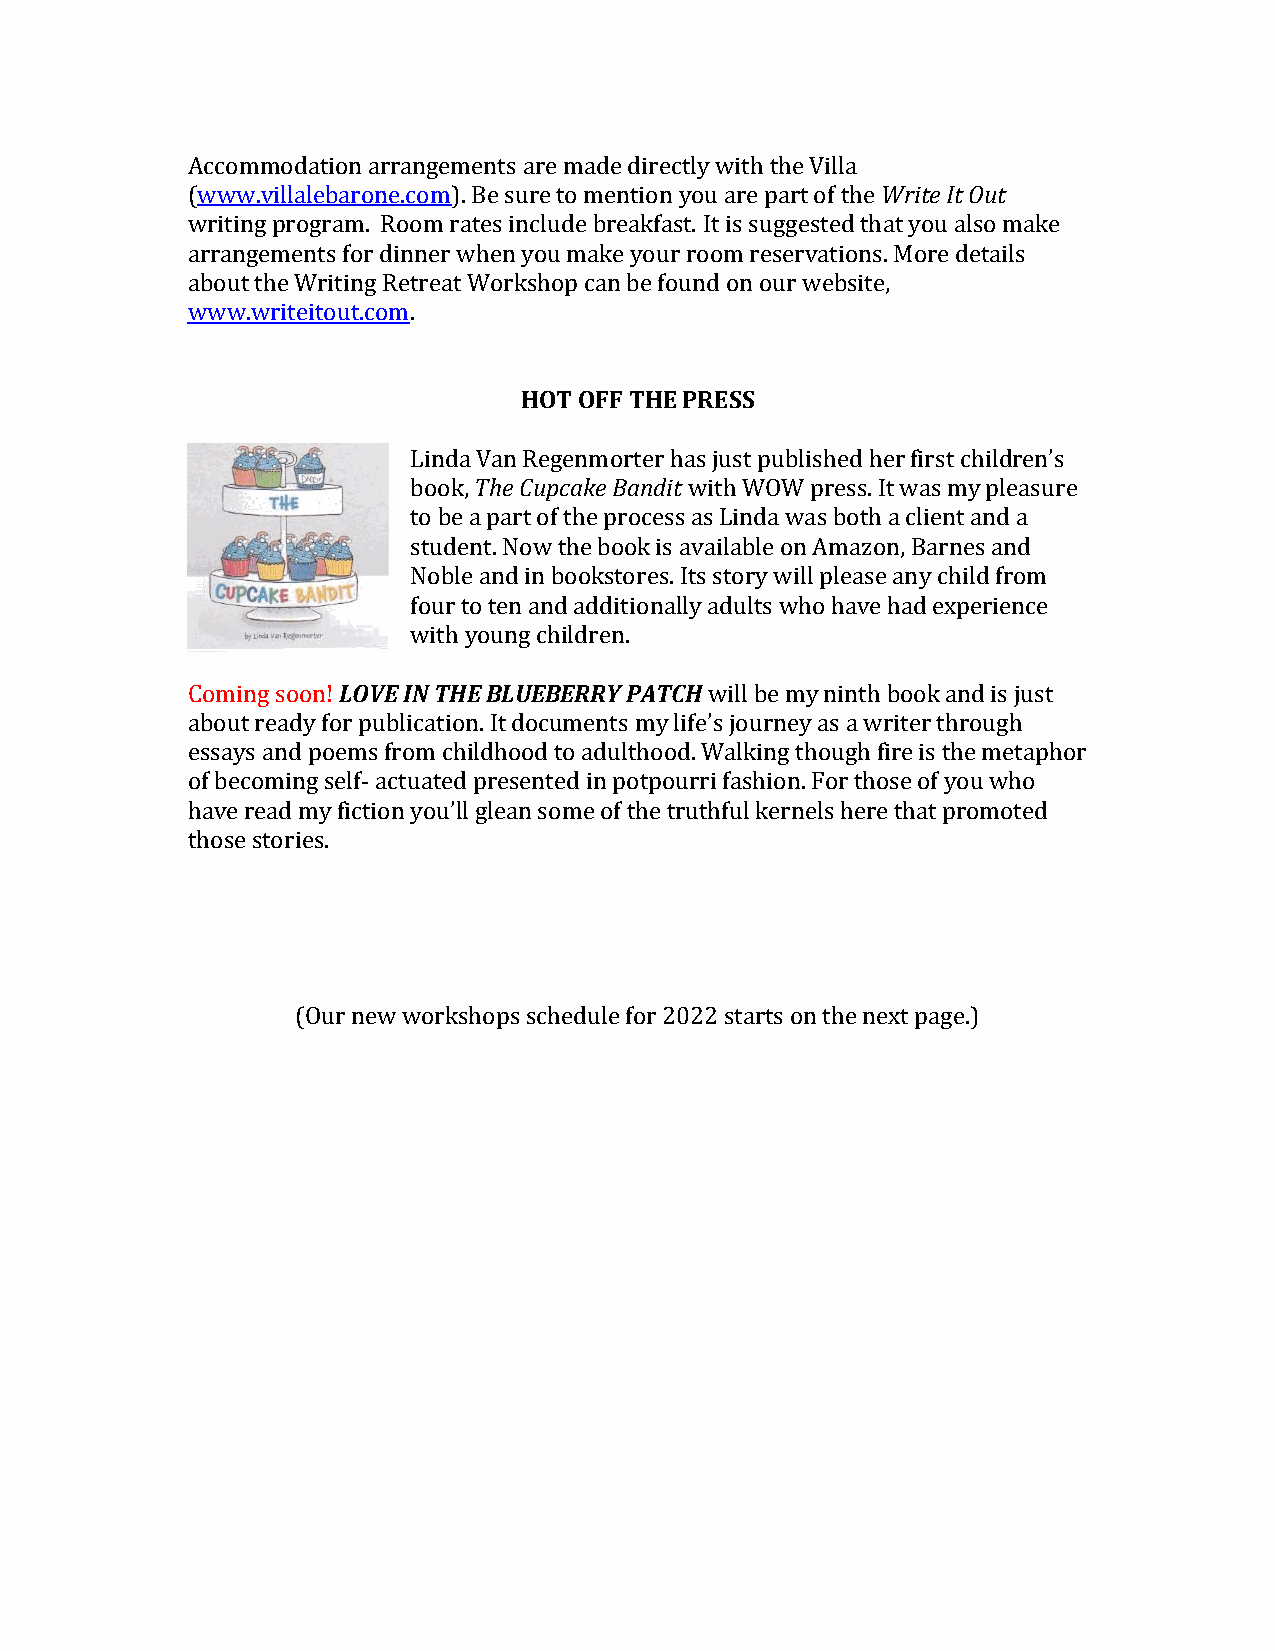
Accommodation arrangements are made directly with the Villa
 (www.villalebarone.com). Be sure to mention you are part of the Write It Out
 writing program. Room rates include breakfast. It is suggested that you also make
 arrangements for dinner when you make your room reservations. More details
 about the Writing Retreat Workshop can be found on our website,
 www.writeitout.com.
 HOT OFF THE PRESS
 Linda Van Regenmorter has just published her first children’s
 book, The Cupcake Bandit with WOW press. It was my pleasure
 to be a part of the process as Linda was both a client and a
 student. Now the book is available on Amazon, Barnes and
 Noble and in bookstores. Its story will please any child from
 four to ten and additionally adults who have had experience
 with young children.
 Coming soon! LOVE IN THE BLUEBERRY PATCH will be my ninth book and is just
 about ready for publication. It documents my life’s journey as a writer through
 essays and poems from childhood to adulthood. Walking though fire is the metaphor
 of becoming self- actuated presented in potpourri fashion. For those of you who
 have read my fiction you’ll glean some of the truthful kernels here that promoted
 those stories.
 (Our new workshops schedule for 2022 starts on the next page.)